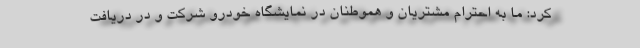
کرد: ما به احترام مشتریان و هموطنان در نمایشگاه خودرو شرکت و در دریافت